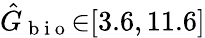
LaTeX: \hat{G}_{\mathrm{~b~i~o~}}{\in}[3.6,11.6]